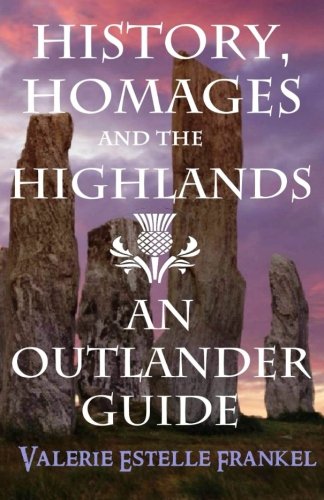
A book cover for History, Homages and the Highlands: An Outlander Guide; Valerie Estelle Frankel; Humor & Entertainment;